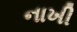
નાખી